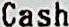
CASH